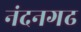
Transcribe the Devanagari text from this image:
नंदनगढ